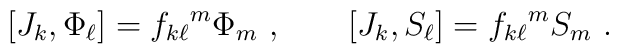
[J_{k},\Phi_{\ell}] = {f_{k\ell}}^{m}\Phi_{m}~,~~~~~~ [J_{k} , S_{\ell}] = {f_{k\ell}}^{m} S_{m}~.